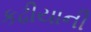
કઢીયાની